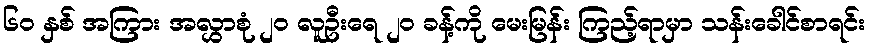
၆၀ နှစ် အကြား အလွှာစုံ ၂၀ လူဦးရေ ၂၀ ခန့်ကို မေးမြန်း ကြည့်ရာမှာ သန်းခေါင်စာရင်း